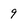
Character: 9